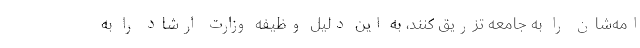
امه‌شان را به جامعه تزریق کنند، به این دلیل وظیفه وزارت ارشاد را به